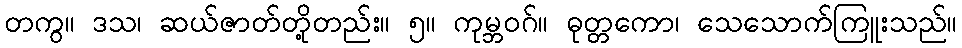
တကွ။ ဒသ၊ ဆယ်ဇာတ်တို့တည်း။ ၅။ ကုမ္ဘဝဂ်။ ဓုတ္တကော၊ သေသောက်ကြူးသည်။